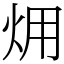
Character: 㶲